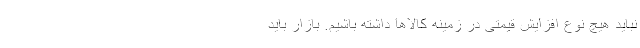
نباید هیچ نوع افزایش قیمتی در زمینه کالاها داشته باشیم. بازار باید